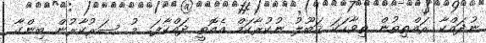
ނުދައްކާ ރައްޠިތުން ތިވާހަކަ ޤަބޫލު ނުކުރާކަމް އެއޮތީ ދައްކާފަ.. މު ސަރުކާރުން ބިންގާ